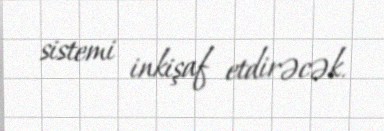
sistemi inkişaf etdirəcək.